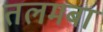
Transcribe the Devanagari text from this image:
तलमबा